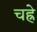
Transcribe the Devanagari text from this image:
चह्रे